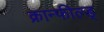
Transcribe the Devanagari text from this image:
क्रान्फील्ड्